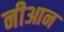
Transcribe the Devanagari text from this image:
नीआन